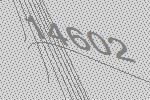
14602